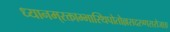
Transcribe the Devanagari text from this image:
ध्यानम्‌रक्ताम्भास्थिपोतोल्लसदरुणसरोजाङ